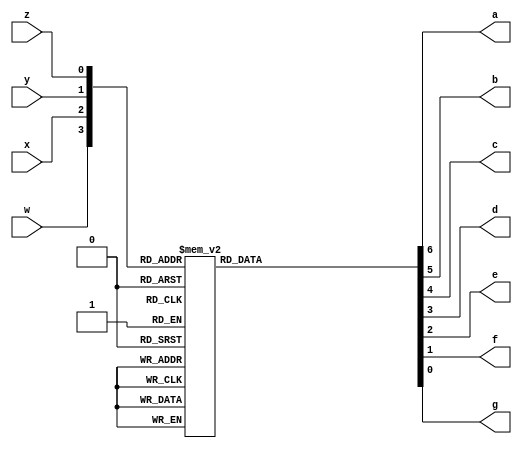
//Four-bit binary to seven-segment decoder.  Active low output.
module binary2seven (
	input w,x,y,z,
	output reg a,b,c,d,e,f,g);
	always @ (w,x,y,z) begin
		case ({w,x,y,z})
			4'b0000: {a,b,c,d,e,f,g} = 7'b0000001;
			4'b0001: {a,b,c,d,e,f,g} = 7'b1001111;
			4'b0010: {a,b,c,d,e,f,g} = 7'b0010010;
			4'b0011: {a,b,c,d,e,f,g} = 7'b0000110;
			4'b0100: {a,b,c,d,e,f,g} = 7'b1001100;
			4'b0101: {a,b,c,d,e,f,g} = 7'b0100100;
			4'b0110: {a,b,c,d,e,f,g} = 7'b0100000;
			4'b0111: {a,b,c,d,e,f,g} = 7'b0001111;
			4'b1000: {a,b,c,d,e,f,g} = 7'b0000000;
			4'b1001: {a,b,c,d,e,f,g} = 7'b0001100;
			4'b1010: {a,b,c,d,e,f,g} = 7'b0001000;
			4'b1011: {a,b,c,d,e,f,g} = 7'b1100000;
			4'b1100: {a,b,c,d,e,f,g} = 7'b0110001;
			4'b1101: {a,b,c,d,e,f,g} = 7'b1000010;
			4'b1110: {a,b,c,d,e,f,g} = 7'b0110000;
			4'b1111: {a,b,c,d,e,f,g} = 7'b0111000;
		endcase
	end
endmodule